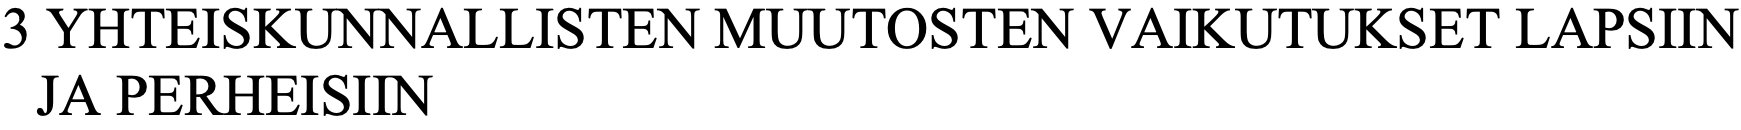
3 YHTEISKUNNALLISTEN   MUUTOSTEN    VAIKUTUKSET   LAPSIIN JA PERHEISIIN